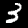
Digit: 3